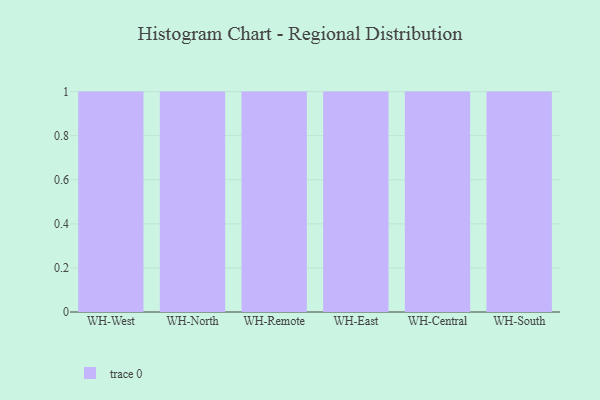
{"axis": {"x": "Warehouse", "y": "Budget (USD K)"}, "legend": [""], "data": [{"x": "WH-West", "y": 68, "type": ""}, {"x": "WH-North", "y": 47, "type": ""}, {"x": "WH-Remote", "y": 59, "type": ""}, {"x": "WH-East", "y": 25, "type": ""}, {"x": "WH-Central", "y": 75, "type": ""}, {"x": "WH-South", "y": 82, "type": ""}]}